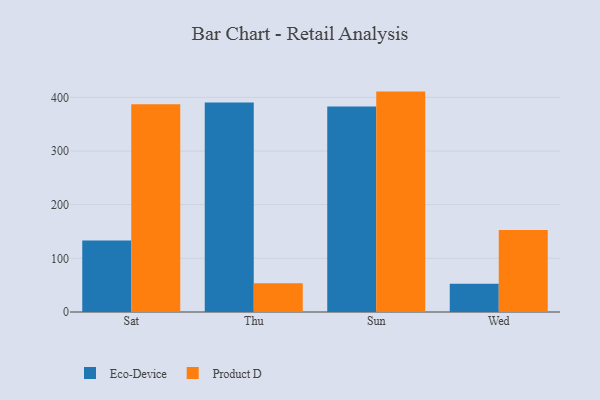
{"axis": {"x": "Day", "y": "Market Share (%)"}, "legend": ["Eco-Device", "Product D"], "data": [{"x": "Sat", "y": 133.5, "type": "Eco-Device"}, {"x": "Sat", "y": 387.1, "type": "Product D"}, {"x": "Thu", "y": 390.4, "type": "Eco-Device"}, {"x": "Thu", "y": 53.8, "type": "Product D"}, {"x": "Sun", "y": 383.0, "type": "Eco-Device"}, {"x": "Sun", "y": 410.8, "type": "Product D"}, {"x": "Wed", "y": 52.5, "type": "Eco-Device"}, {"x": "Wed", "y": 152.7, "type": "Product D"}]}